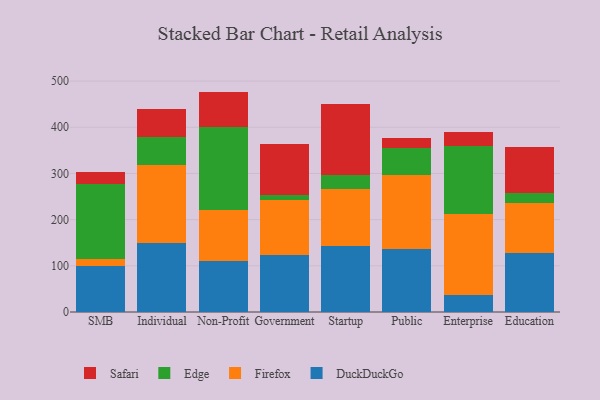
{"axis": {"x": "Segment", "y": "Revenue (USD Million)"}, "legend": ["DuckDuckGo", "Edge", "Firefox", "Safari"], "data": [{"x": "SMB", "y": 100.5, "type": "DuckDuckGo"}, {"x": "SMB", "y": 13.6, "type": "Firefox"}, {"x": "SMB", "y": 163.0, "type": "Edge"}, {"x": "SMB", "y": 26.8, "type": "Safari"}, {"x": "Individual", "y": 150.4, "type": "DuckDuckGo"}, {"x": "Individual", "y": 167.7, "type": "Firefox"}, {"x": "Individual", "y": 60.5, "type": "Edge"}, {"x": "Individual", "y": 60.3, "type": "Safari"}, {"x": "Non-Profit", "y": 109.5, "type": "DuckDuckGo"}, {"x": "Non-Profit", "y": 112.4, "type": "Firefox"}, {"x": "Non-Profit", "y": 178.1, "type": "Edge"}, {"x": "Non-Profit", "y": 77.2, "type": "Safari"}, {"x": "Government", "y": 122.5, "type": "DuckDuckGo"}, {"x": "Government", "y": 120.9, "type": "Firefox"}, {"x": "Government", "y": 10.9, "type": "Edge"}, {"x": "Government", "y": 110.2, "type": "Safari"}, {"x": "Startup", "y": 143.0, "type": "DuckDuckGo"}, {"x": "Startup", "y": 123.6, "type": "Firefox"}, {"x": "Startup", "y": 30.0, "type": "Edge"}, {"x": "Startup", "y": 153.2, "type": "Safari"}, {"x": "Public", "y": 136.6, "type": "DuckDuckGo"}, {"x": "Public", "y": 160.4, "type": "Firefox"}, {"x": "Public", "y": 58.1, "type": "Edge"}, {"x": "Public", "y": 21.4, "type": "Safari"}, {"x": "Enterprise", "y": 36.7, "type": "DuckDuckGo"}, {"x": "Enterprise", "y": 174.5, "type": "Firefox"}, {"x": "Enterprise", "y": 149.0, "type": "Edge"}, {"x": "Enterprise", "y": 30.1, "type": "Safari"}, {"x": "Education", "y": 127.3, "type": "DuckDuckGo"}, {"x": "Education", "y": 109.6, "type": "Firefox"}, {"x": "Education", "y": 19.9, "type": "Edge"}, {"x": "Education", "y": 101.3, "type": "Safari"}]}